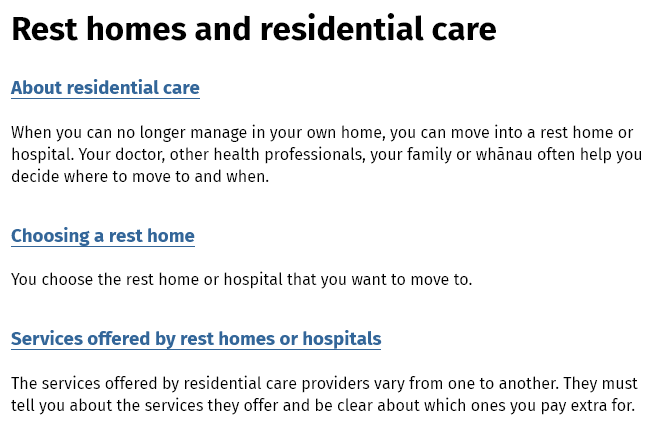
Rest    homes    and    residential    care
     About reside!
  When you can no longer manage in your own home, you can move into a rest home or
  hospital. Your doctor, other health professionals, your family or whanau often help you
  decide where to move to and when.
  Choosing  a rest home
  You choose the rest home or hospital that you want to move to.
  Services offered by rest homes or  hospitals
  The services offered by residential care providers vary from one to another. They must
  tell you about the services they offer and be clear about which ones you pay extra for.